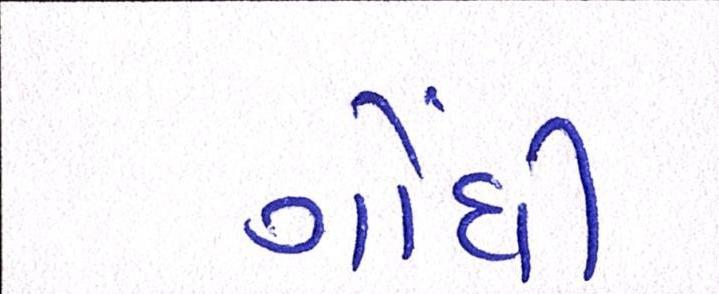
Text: ગોંધી